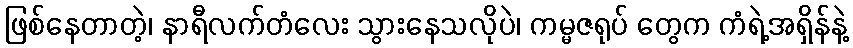
ဖြစ်နေတာတဲ့၊ နာရီလက်တံလေး သွားနေသလိုပဲ၊ ကမ္မဇရုပ် တွေက ကံရဲ့အရှိန်နဲ့